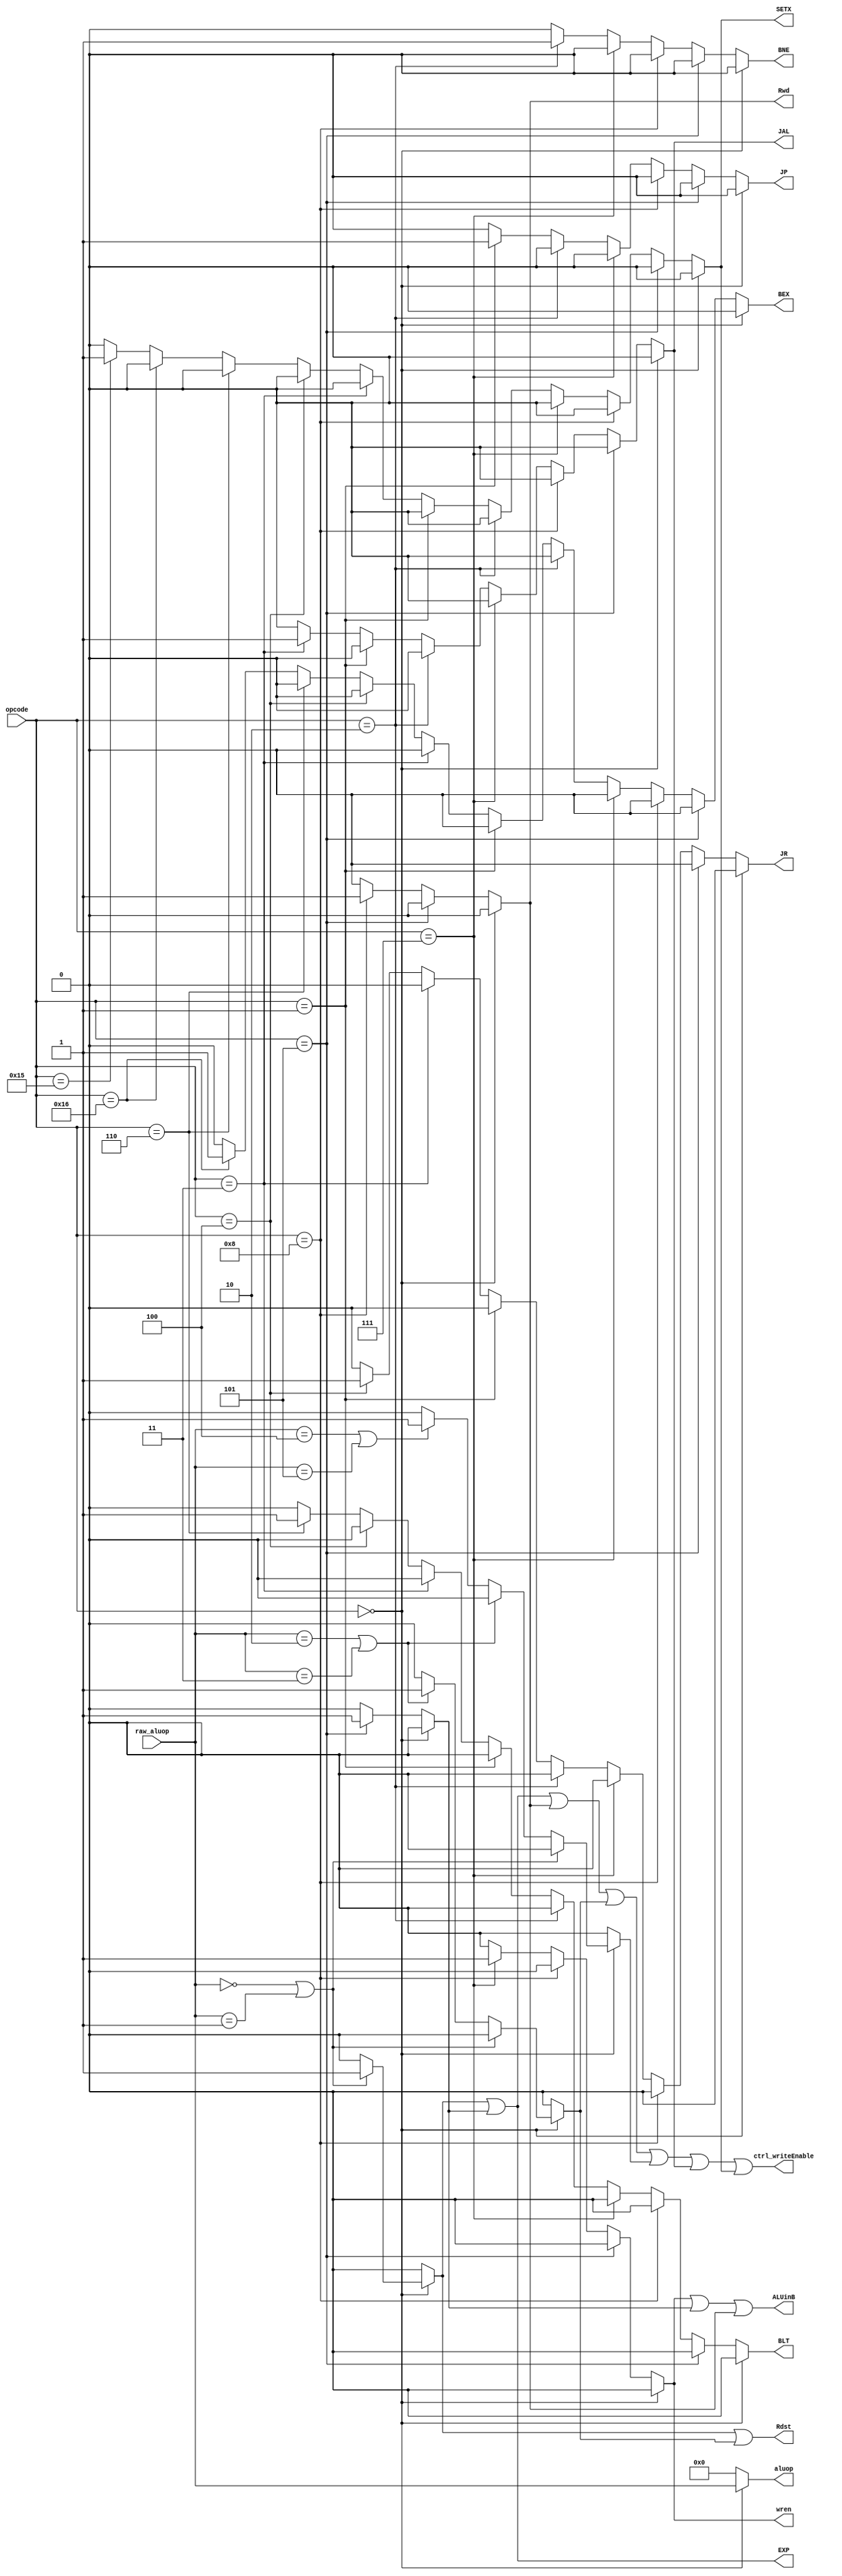
module control_generator(ctrl_writeEnable, Rdst, ALUinB, wren, Rwd, JP, aluop,
 EXP, opcode, raw_aluop, BNE, JAL, JR, BLT, BEX, SETX);
	input [4:0] opcode, raw_aluop;
	output ctrl_writeEnable, Rdst, ALUinB, wren, Rwd, JP, EXP, BNE, JAL, JR, BLT, BEX, SETX;
	output reg [4:0] aluop;
	
	reg add_sub, addi, and_or, sll_sra, lw, sw, j, bne, jal, jr, blt, bex, setx;
	
	always @(*) begin
		add_sub <= 1'b0;
		addi <= 1'b0;
		and_or <= 1'b0;
		sll_sra <= 1'b0;
		lw <= 1'b0;
		sw <= 1'b0;
		j <= 1'b0;
		bne <= 1'b0;
		jal <= 1'b0;
		jr <= 1'b0;
		blt <= 1'b0;
		bex <= 1'b0;
		setx <= 1'b0;
		aluop <= 5'b00000;
		
		if (opcode == 5'b00000) begin  //  add/sub/and/or/sll/sra
			aluop <= raw_aluop;
			if (raw_aluop == 5'b00000 || raw_aluop == 5'b00001)  //  add/sub
				add_sub <= 1'b1;
			else if (raw_aluop == 5'b00010 || raw_aluop == 5'b00011)  //  and/or
				and_or <= 1'b1;
			else if (raw_aluop == 5'b00100 || raw_aluop == 5'b00101)  //  sll/sra
				sll_sra <= 1'b1;
		end
		else if (opcode == 5'b00101)  //  addi
			addi <= 1'b1;
		else if (opcode == 5'b01000)  //  lw
			lw <= 1'b1;
		else if (opcode == 5'b00111)  //  sw
			sw <= 1'b1;
		else if (opcode == 5'b00010)  //  bne
			bne <= 1'b1;
		else if (opcode == 5'b00001)  //  j
			j <= 1'b1;
		else if (opcode == 5'b00011)  //  jal
			jal <= 1'b1;
		else if (opcode == 5'b00100)  //  jr
			jr <= 1'b1;
		else if (opcode == 5'b00110)  //  blt
			blt <= 1'b1;
		else if (opcode == 5'b10110)  //  bex
			bex <= 1'b1;
		else if (opcode == 5'b10101)  //  setx
			setx <= 1'b1;
	end
	
	assign JP = j;
	assign wren = sw;
	or or_reg_wren(ctrl_writeEnable, add_sub, addi, lw, and_or, sll_sra, jal, setx);
	assign Rwd = lw;
	or or_rdst(Rdst, add_sub, and_or);
	or or_aluinB(ALUinB, sw, addi, lw);
	or or_exception(EXP, add_sub, addi);
	assign BNE = bne;
	assign JAL = jal;
	assign JR = jr;
	assign BLT = blt;
	assign BEX = bex;
	assign SETX = setx;
	
endmodule